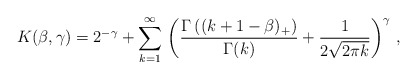
\begin{align*} K(\beta, \gamma) = 2^{-\gamma} +\sum_{k=1}^\infty\, \left(\frac{\Gamma\left (( k+1-\beta)_+\right)}{\Gamma(k)} +\frac{1}{2\sqrt{2\pi k}} \right)^\gamma\,,\end{align*}